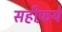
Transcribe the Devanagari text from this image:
सहीफ़ये